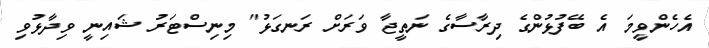
އެހެންވީމަ އެ ބޭފުޅުންގެ ދިރާސާގެ ނަތީޖާ ވަރަށް ރަނގަޅު" މިނިސްޓަރު ޝައިނީ ވިދާޅުވި